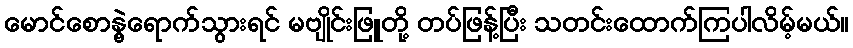
မောင်စောနွဲ့ရောက်သွားရင် မဗျိုင်းဖြူတို့ တပ်ဖြန့်ပြီး သတင်းထောက်ကြပါလိမ့်မယ်။